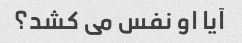
آیا او نفس می کشد؟